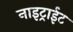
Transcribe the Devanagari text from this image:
नाइट्राईट